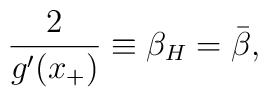
{2 \over g'(x_+)} \equiv \beta_H=\bar{\beta} ,